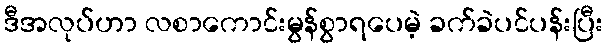
ဒီအလုပ်ဟာ လစာကောင်းမွန်စွာရပေမဲ့ ခက်ခဲပင်ပန်းပြီး